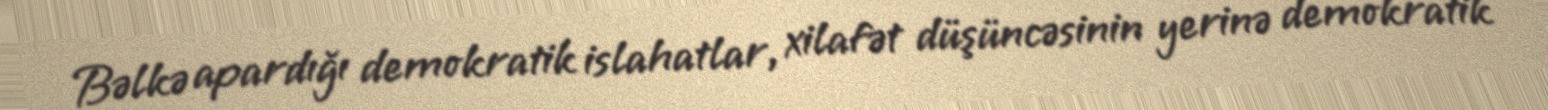
Bəlkə apardığı demokratik islahatlar, xilafət düşüncəsinin yerinə demokratik